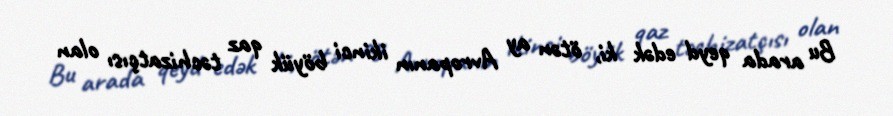
Bu arada qeyd edək ki, ötən ay Avropanın ikinci böyük qaz təchizatçısı olan